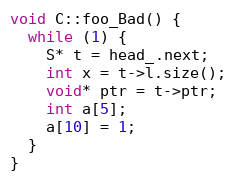
Language: C++
void C::foo_Bad() {
  while (1) {
    S* t = head_.next;
    int x = t->l.size();
    void* ptr = t->ptr;
    int a[5];
    a[10] = 1;
  }
}